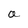
Character: a